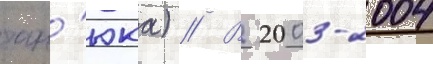
тан'юка) // В 2003-2004